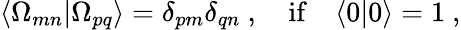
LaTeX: \langle\Omega_{mn}|\Omega_{pq}\rangle=\delta_{pm}\delta_{qn}\ ,\quad\mathrm{if}\quad\langle 0|0\rangle=1\ ,